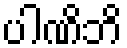
ပါဏိဘိ